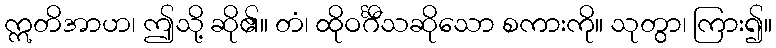
ဣတိအာဟ၊ ဤသို့ ဆို၏။ တံ၊ ထိုဝင်္ဂီသဆိုသော စကားကို။ သုတွာ၊ ကြား၍။